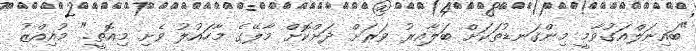
"ބައިނަލްއަގުވާމީ މިންގަނޑުތަކަށް ބަލާއިރު ވަރަށް ދަށްކޮށް މާލޭގެ މާހައުލު ވެށި މިއޮތީ." މުއިއްޒު